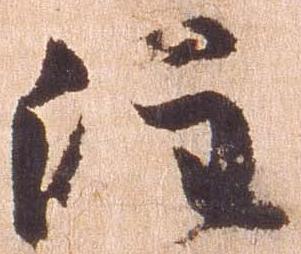
注